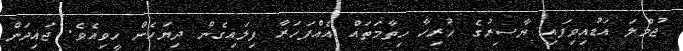
ޖުމްލަ އަޑުއިވިފައި ޔާސިރުގެ ހުރިހާ ހިތާމަތައް އެއްފަހަރާ ފިލައިގެން ދިޔަހެން ހީވިއެވެ. ޖައިދަން